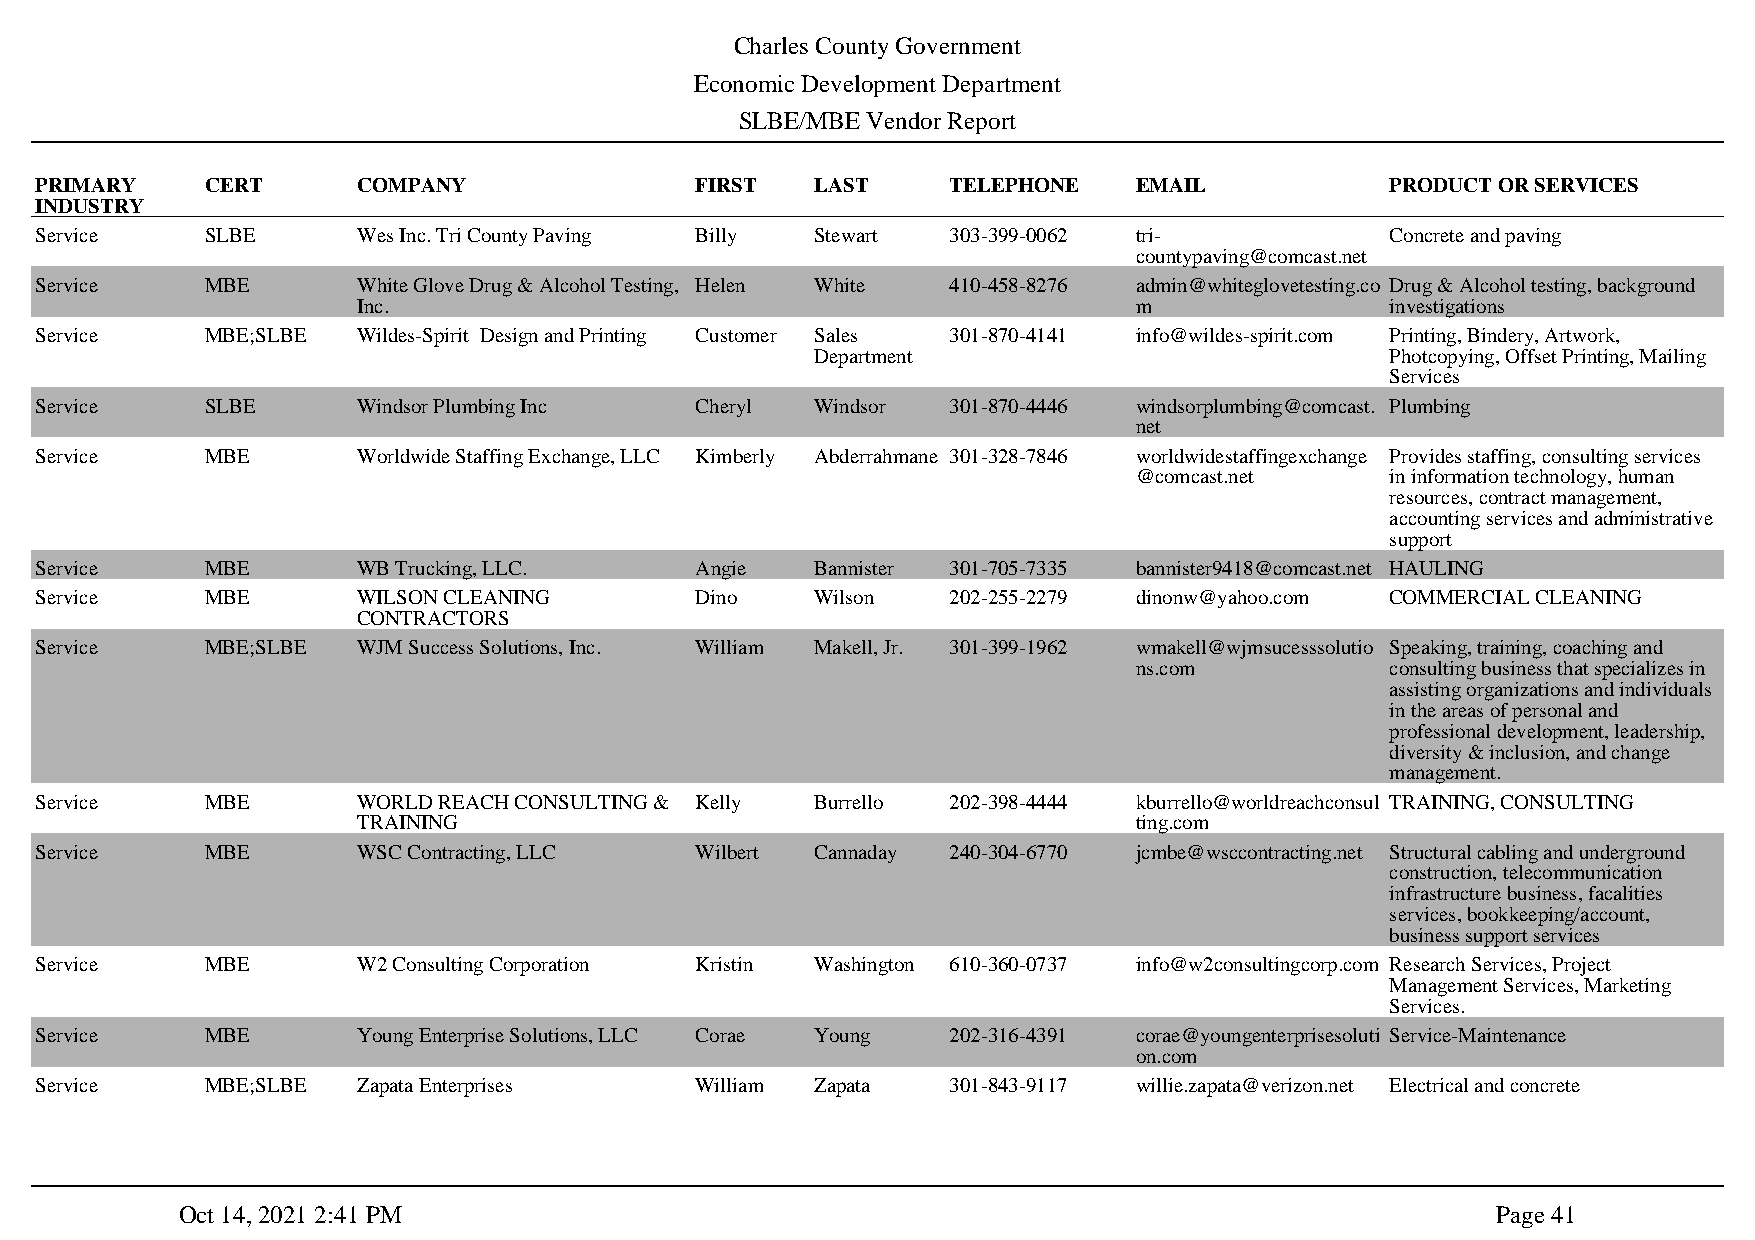
Charles County Government
 Economic Development Department
 SLBE/MBE Vendor Report
 PRIMARY     CERT      COMPANY               FIRST   LAST     TELEPHONE   EMAIL            PRODUCT OR SERVICES
 INDUSTRY
 Service     SLBE      Wes Inc. Tri County Paving Billy Stewart 303-399-0062 tri-          Concrete and paving
 countypaving@comcast.net
 Service     MBE       White Glove Drug & Alcohol Testing, Helen White 410-458-8276 admin@whiteglovetesting.co Drug & Alcohol testing, background
 Inc.                                               m                investigations
 Service     MBE;SLBE  Wildes-Spirit Design and Printing Customer Sales 301-870-4141 info@wildes-spirit.com Printing, Bindery, Artwork,
 Department                            Photcopying, Offset Printing, Mailing
 Services
 Service     SLBE      Windsor Plumbing Inc  Cheryl  Windsor  301-870-4446 windsorplumbing@comcast. Plumbing
 net
 Service     MBE       Worldwide Staffing Exchange, LLC Kimberly Abderrahmane 301-328-7846 worldwidestaffingexchange Provides staffing, consulting services
 @comcast.net     in information technology, human
 resources, contract management,
 accounting services and administrative
 support
 Service     MBE       WB Trucking, LLC.     Angie   Bannister 301-705-7335 bannister9418@comcast.net HAULING
 Service     MBE       WILSON CLEANING       Dino    Wilson   202-255-2279 dinonw@yahoo.com COMMERCIAL CLEANING
 CONTRACTORS
 Service     MBE;SLBE  WJM Success Solutions, Inc. William Makell, Jr. 301-399-1962 wmakell@wjmsucesssolutio Speaking, training, coaching and
 ns.com           consulting business that specializes in
 assisting organizations and individuals
 in the areas of personal and
 professional development, leadership,
 diversity & inclusion, and change
 management.
 Service     MBE       WORLD REACH CONSULTING & Kelly Burrello 202-398-4444 kburrello@worldreachconsul TRAINING, CONSULTING
 TRAINING                                           ting.com
 Service     MBE       WSC Contracting, LLC  Wilbert Cannaday 240-304-6770 jcmbe@wsccontracting.net Structural cabling and underground
 construction, telecommunication
 infrastructure business, facalities
 services, bookkeeping/account,
 business support services
 Service     MBE       W2 Consulting Corporation Kristin Washington 610-360-0737 info@w2consultingcorp.com Research Services, Project
 Management Services, Marketing
 Services.
 Service     MBE       Young Enterprise Solutions, LLC Corae Young 202-316-4391 corae@youngenterprisesoluti Service-Maintenance
 on.com
 Service     MBE;SLBE  Zapata Enterprises    William Zapata   301-843-9117 willie.zapata@verizon.net Electrical and concrete
 Oct 14, 2021 2:41 PM                                                                   Page 41